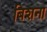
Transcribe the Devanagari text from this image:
बिशना